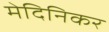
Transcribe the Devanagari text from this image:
मेदिनिकर